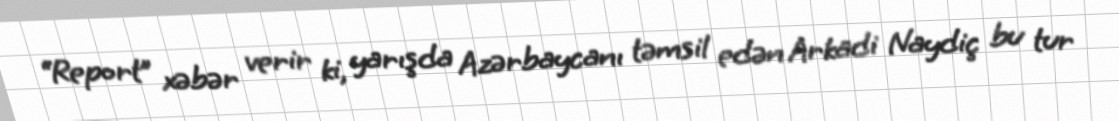
“Report” xəbər verir ki, yarışda Azərbaycanı təmsil edən Arkadi Naydiç bu tur